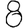
Digit: 8